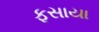
ફસાયા